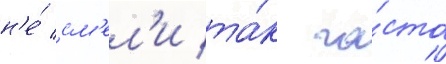
н'е́ см'ел'и та́к ча́сто